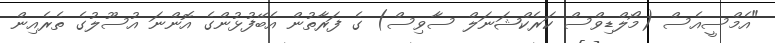
"އެމްސީއެސް (މޯލްޑިވްސް ކަރެކްޝަނަލް ސާވިސް) ގެ ފަރާތުން އެބޭފުޅުންގެ އޮންނަ އުސޫލުގެ ތެރެއިން